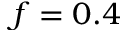
f = 0 . 4